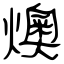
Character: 燠